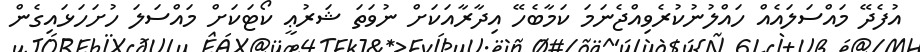
އުފެދޭ މައްސަލައެއް ހައްލުނުކުރެވިއްޖެނަމަ ކަމާބެހޭ އިދާރާއަކަށް ނުވަތަ ޝަރުޢީ ކޯޓަކަށް މައްސަލަ ހުށަހަޅައިގެން